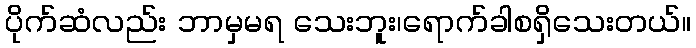
ပိုက်ဆံလည်း ဘာမှမရ သေးဘူး၊ရောက်ခါစရှိသေးတယ်။